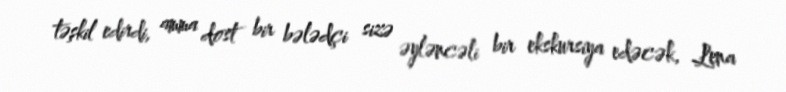
təşkil edirdi, amma dost bir bələdçi sizə əyləncəli bir ekskursiya edəcək, Lena